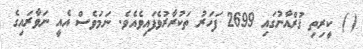
( ) ކީރިތި ޤުރްއާނުގައި 2699 ފަހަރު ތަކުރާރުވެފައިވެއެވެ. ނަމަވެސް އެއީ ނަވާރައިގެ